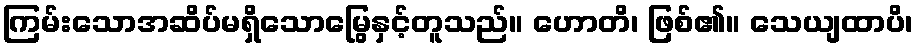
ကြမ်းသောအဆိပ်မရှိသောမြွေနှင့်တူသည်။ ဟောတိ၊ ဖြစ်၏။ သေယျထာပိ၊